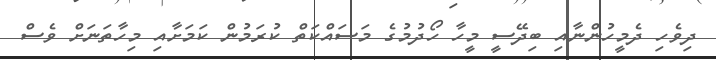
ދިވެހި ދެމީހުންނާއި ބިދޭސީ މީހާ ހޯދުމުގެ މަސައްކަތް ކުރަމުން ކަމަށާއި މިހާތަނަށް ވެސް